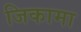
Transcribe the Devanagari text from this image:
जिकामा